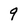
Character: 9